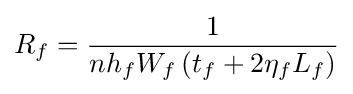
R_{f}={\frac {1}{nh_{f}W_{f}\left(t_{f}+2\eta _{f}L_{f}\right)}}